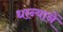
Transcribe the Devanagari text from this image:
धान्यानें